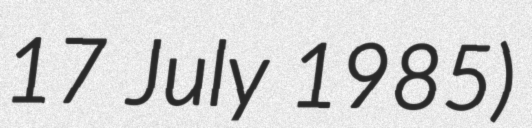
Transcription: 17 July 1985)